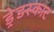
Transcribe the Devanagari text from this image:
ड्रेडस्काट